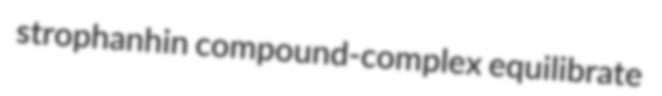
strophanhin compound-complex equilibrate